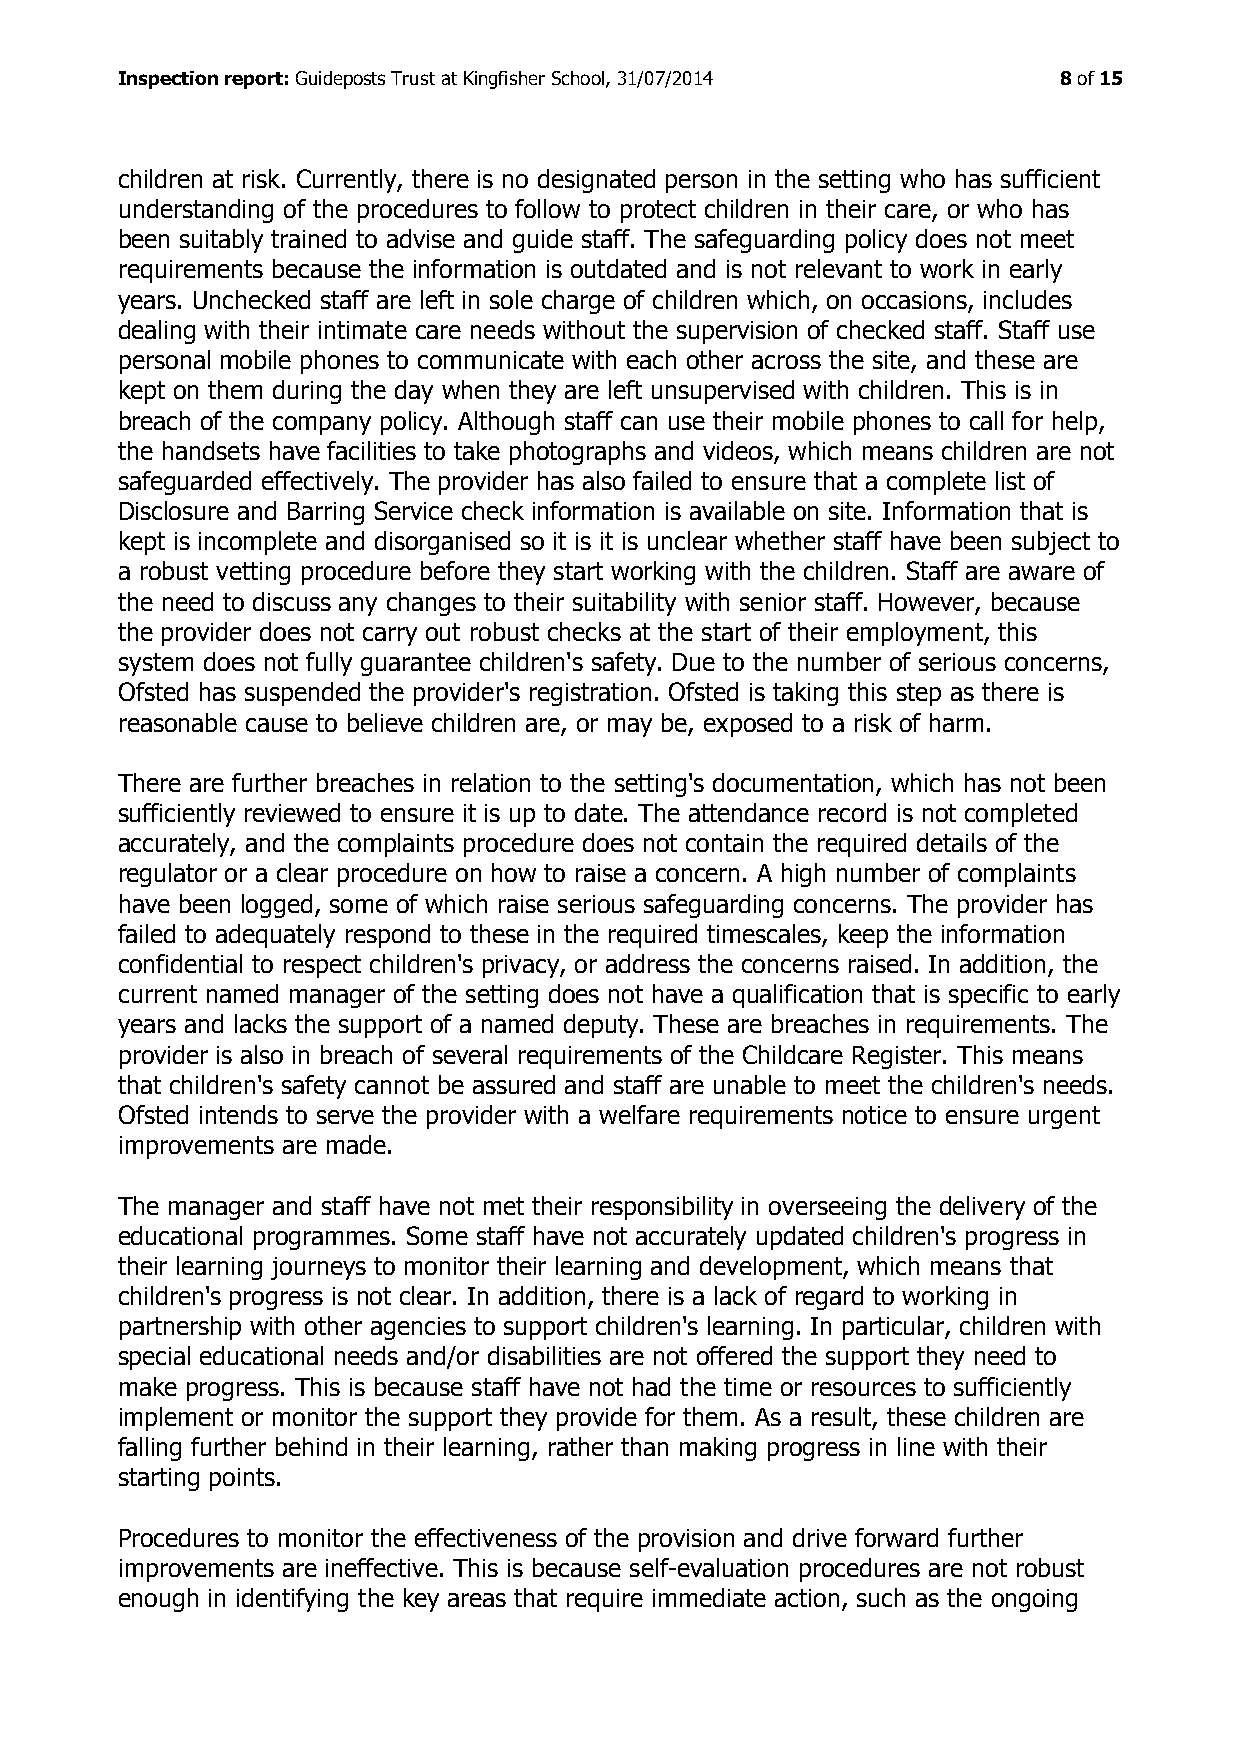
Inspection report: Guideposts Trust at Kingfisher School, 31/07/2014 8 of 15
 children at risk. Currently, there is no designated person in the setting who has sufficient
 understanding of the procedures to follow to protect children in their care, or who has
 been suitably trained to advise and guide staff. The safeguarding policy does not meet
 requirements because the information is outdated and is not relevant to work in early
 years. Unchecked staff are left in sole charge of children which, on occasions, includes
 dealing with their intimate care needs without the supervision of checked staff. Staff use
 personal mobile phones to communicate with each other across the site, and these are
 kept on them during the day when they are left unsupervised with children. This is in
 breach of the company policy. Although staff can use their mobile phones to call for help,
 the handsets have facilities to take photographs and videos, which means children are not
 safeguarded effectively. The provider has also failed to ensure that a complete list of
 Disclosure and Barring Service check information is available on site. Information that is
 kept is incomplete and disorganised so it is it is unclear whether staff have been subject to
 a robust vetting procedure before they start working with the children. Staff are aware of
 the need to discuss any changes to their suitability with senior staff. However, because
 the provider does not carry out robust checks at the start of their employment, this
 system does not fully guarantee children's safety. Due to the number of serious concerns,
 Ofsted has suspended the provider's registration. Ofsted is taking this step as there is
 reasonable cause to believe children are, or may be, exposed to a risk of harm.
 There are further breaches in relation to the setting's documentation, which has not been
 sufficiently reviewed to ensure it is up to date. The attendance record is not completed
 accurately, and the complaints procedure does not contain the required details of the
 regulator or a clear procedure on how to raise a concern. A high number of complaints
 have been logged, some of which raise serious safeguarding concerns. The provider has
 failed to adequately respond to these in the required timescales, keep the information
 confidential to respect children's privacy, or address the concerns raised. In addition, the
 current named manager of the setting does not have a qualification that is specific to early
 years and lacks the support of a named deputy. These are breaches in requirements. The
 provider is also in breach of several requirements of the Childcare Register. This means
 that children's safety cannot be assured and staff are unable to meet the children's needs.
 Ofsted intends to serve the provider with a welfare requirements notice to ensure urgent
 improvements are made.
 The manager and staff have not met their responsibility in overseeing the delivery of the
 educational programmes. Some staff have not accurately updated children's progress in
 their learning journeys to monitor their learning and development, which means that
 children's progress is not clear. In addition, there is a lack of regard to working in
 partnership with other agencies to support children's learning. In particular, children with
 special educational needs and/or disabilities are not offered the support they need to
 make progress. This is because staff have not had the time or resources to sufficiently
 implement or monitor the support they provide for them. As a result, these children are
 falling further behind in their learning, rather than making progress in line with their
 starting points.
 Procedures to monitor the effectiveness of the provision and drive forward further
 improvements are ineffective. This is because self-evaluation procedures are not robust
 enough in identifying the key areas that require immediate action, such as the ongoing